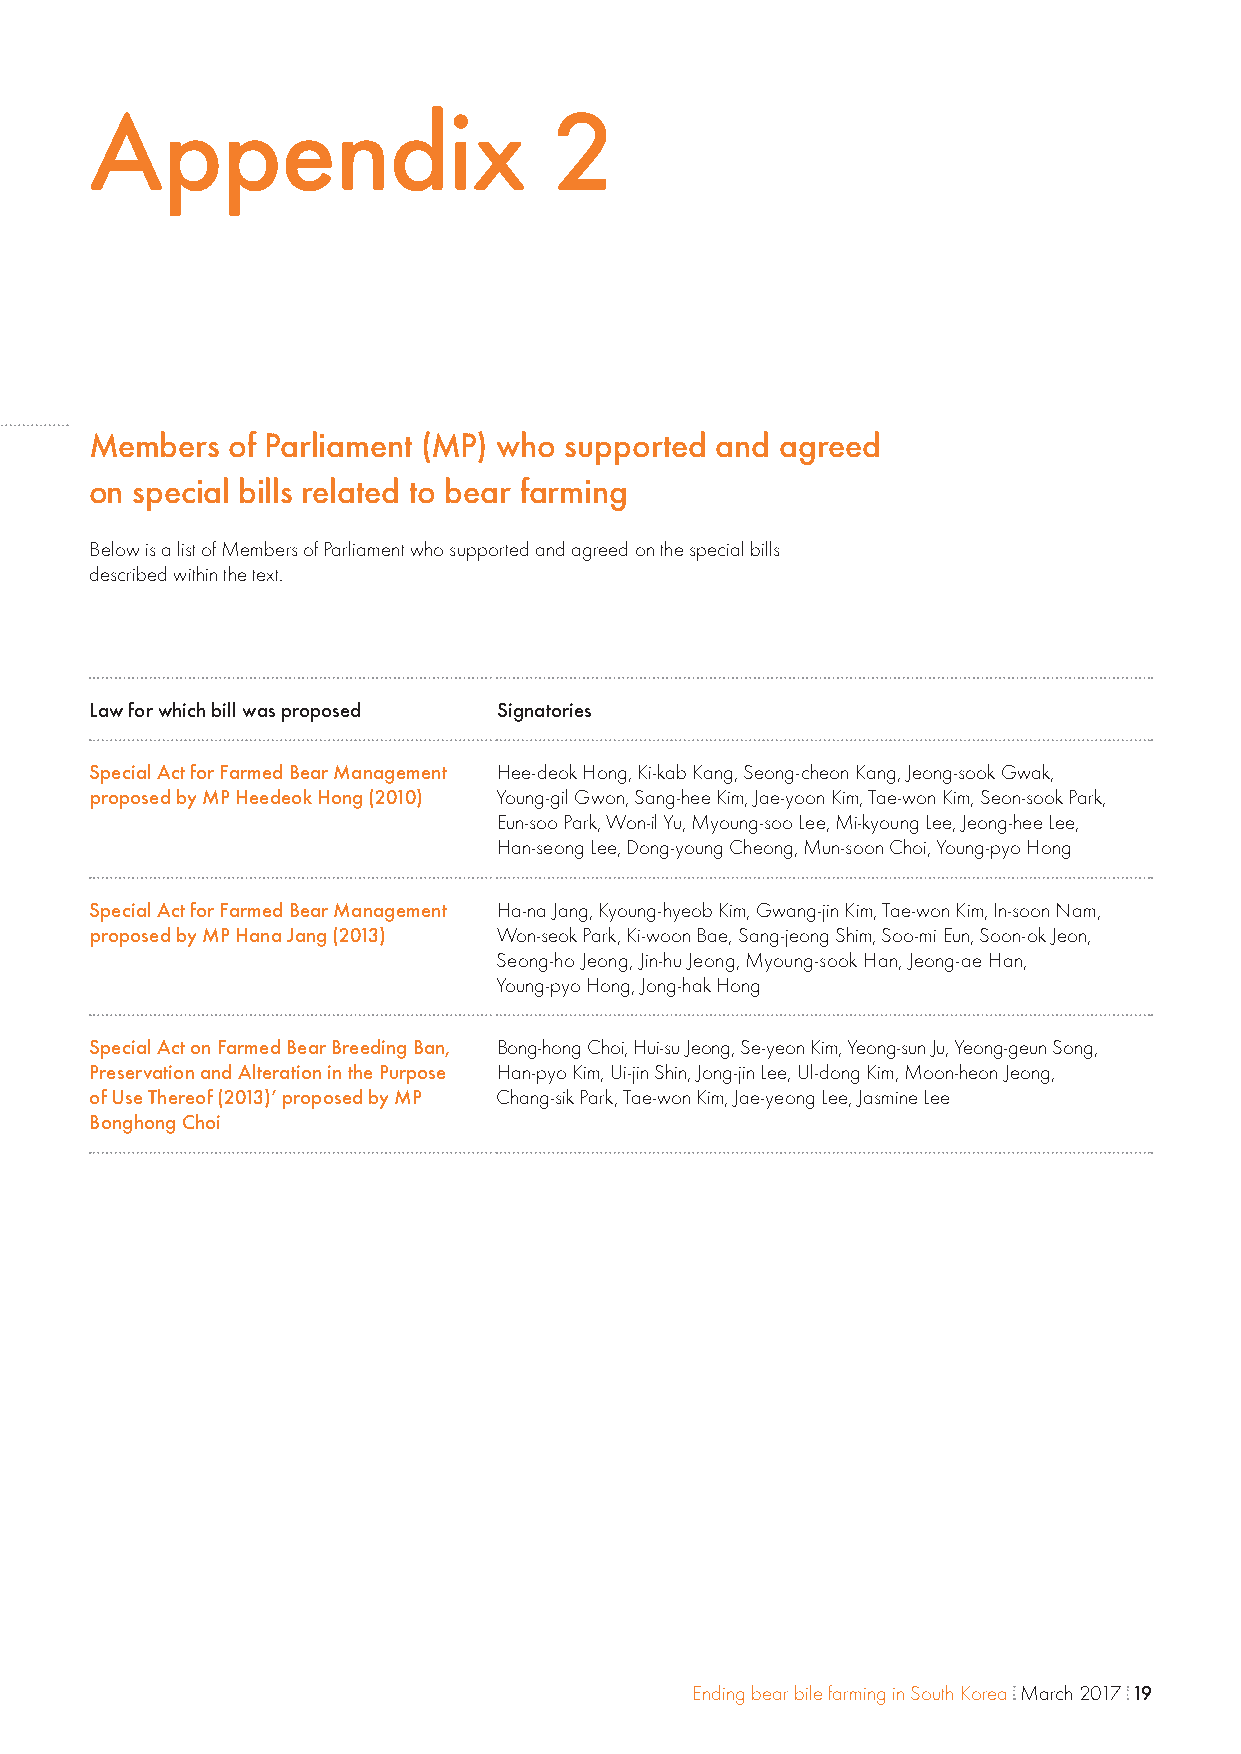
Appendix                       2
 Members  of Parliament (MP) who supported and agreed
 on special bills related to bear farming
 Below is a list of Members of Parliament who supported and agreed on the special bills
 described within the text.
 Law for which bill was proposed Signatories
 Special Act for Farmed Bear Management Hee-deok Hong, Ki-kab Kang, Seong-cheon Kang, Jeong-sook Gwak,
 proposed by MP Heedeok Hong (2010) Young-gil Gwon, Sang-hee Kim, Jae-yoon Kim, Tae-won Kim, Seon-sook Park,
 Eun-soo Park, Won-il Yu, Myoung-soo Lee, Mi-kyoung Lee, Jeong-hee Lee,
 Han-seong Lee, Dong-young Cheong, Mun-soon Choi, Young-pyo Hong
 Special Act for Farmed Bear Management Ha-na Jang, Kyoung-hyeob Kim, Gwang-jin Kim, Tae-won Kim, In-soon Nam,
 proposed by MP Hana Jang (2013) Won-seok Park, Ki-woon Bae, Sang-jeong Shim, Soo-mi Eun, Soon-ok Jeon,
 Seong-ho Jeong, Jin-hu Jeong, Myoung-sook Han, Jeong-ae Han,
 Young-pyo Hong, Jong-hak Hong
 Special Act on Farmed Bear Breeding Ban, Bong-hong Choi, Hui-su Jeong, Se-yeon Kim, Yeong-sun Ju, Yeong-geun Song,
 Preservation and Alteration in the Purpose Han-pyo Kim, Ui-jin Shin, Jong-jin Lee, Ul-dong Kim, Moon-heon Jeong,
 of Use Thereof (2013)’ proposed by MP Chang-sik Park, Tae-won Kim, Jae-yeong Lee, Jasmine Lee
 Bonghong Choi
 Ending bear bile farming in South Korea March 2017 19